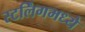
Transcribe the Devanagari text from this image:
स्टर्लिंगमध्ये